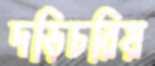
দড়িচরিয়